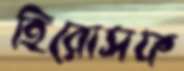
হিরোসফ